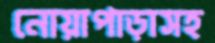
নোয়াপাড়াসহ